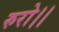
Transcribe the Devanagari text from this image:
रुरो।।